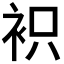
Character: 𧙋